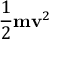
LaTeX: { \frac { 1 } { 2 } } \mathbf { m } \mathbf { v } ^ { 2 }